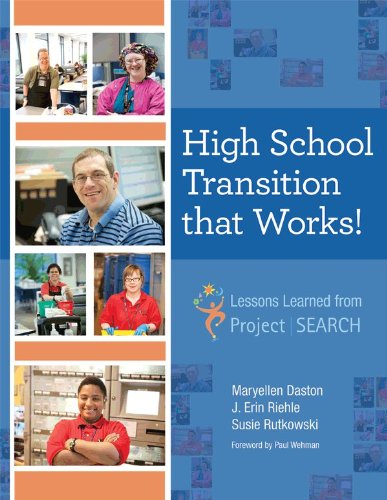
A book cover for High School Transition that Works: Lessons Learned from Project SEARCH?; Maryellen Daston Ph.D.; Business & Money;